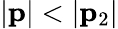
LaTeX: |{\mathbf p}|<|{\mathbf p}_{2}|